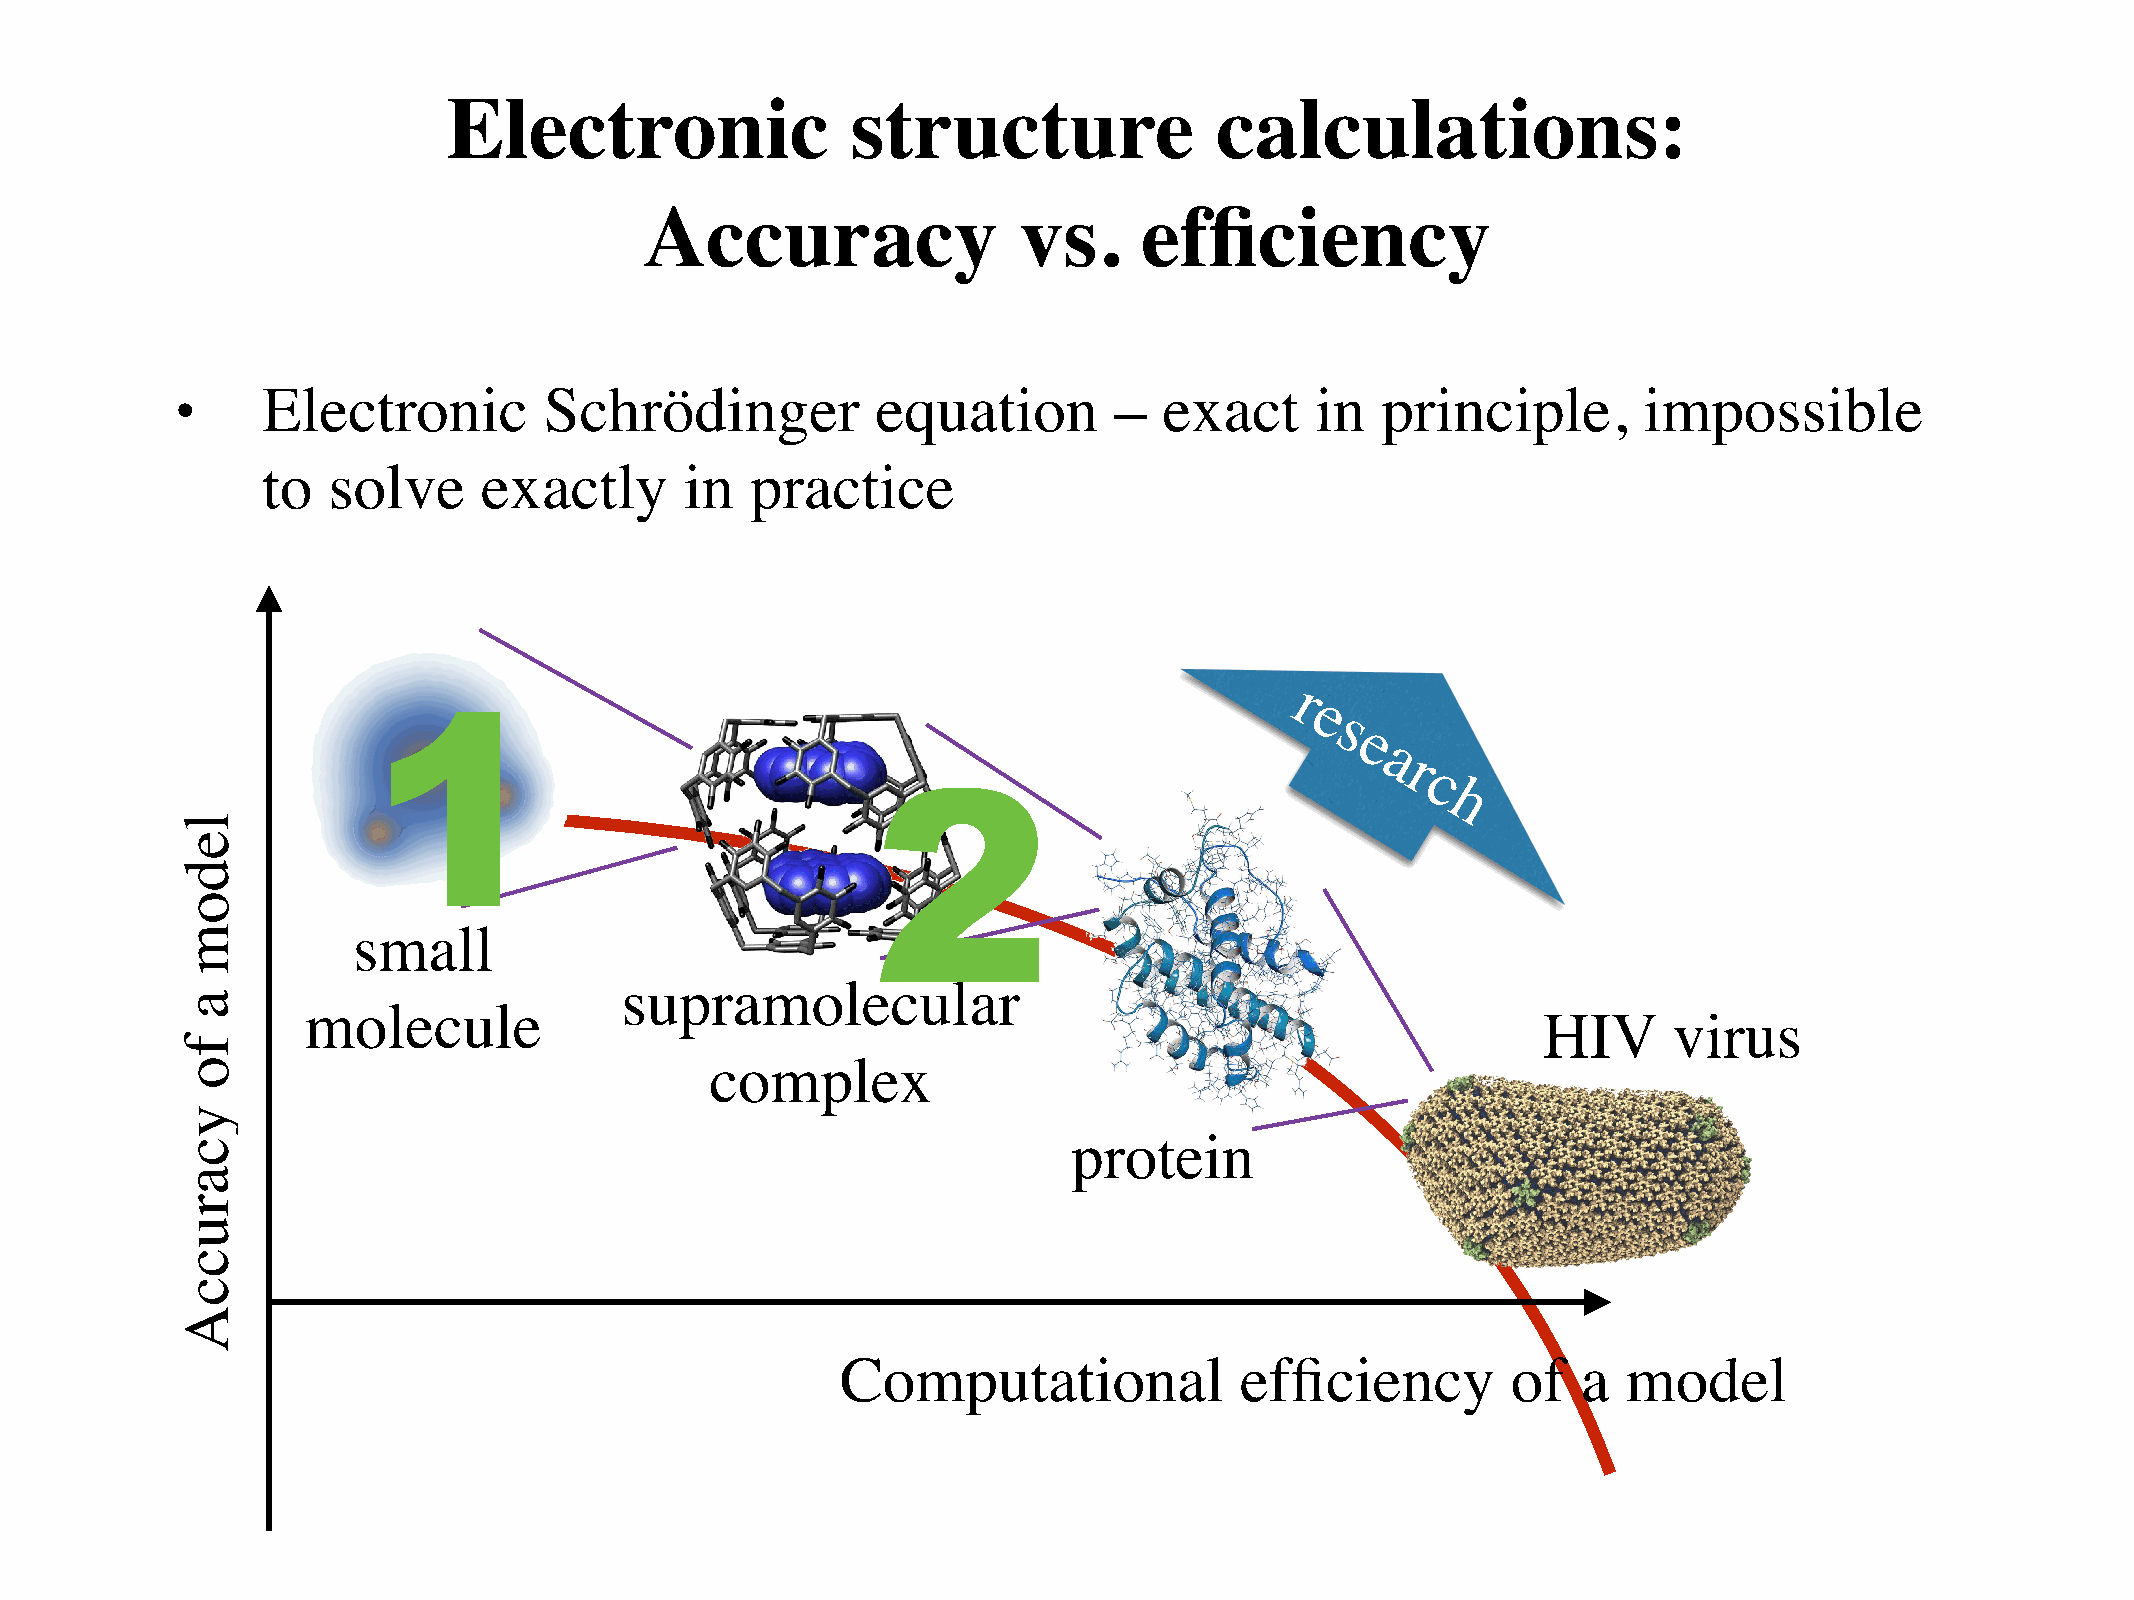
Electronic                structure               calculations:
 Accuracy                vs.      efficiency
 Electronic         Schrödinger           equation        –  exact     in  principle,        impossible
 •
 to   solve     exactly      in   practice
 r
 e
 s
 1
 e
 a
 r
 c
 h
 2
 small
 supramolecular
 molecule
 HIV      virus
 complex
 protein
 Computational             efficiency        of   a  model
 ledom
 a
 fo
 ycaruccA